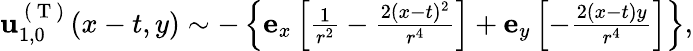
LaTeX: \begin{array}{r}{\mathbf{u}_{1,0}^{\mathrm{~(~T~)~}}(x-t,y)\sim-\left\{ \mathbf{e}_{x}\left[\frac{1}{r^{2}}-\frac{2(x-t)^{2}}{r^{4}}\right]+\mathbf{e}_{y}\left[-\frac{2(x-t)y}{r^{4}}\right]\right\} ,}\end{array}